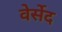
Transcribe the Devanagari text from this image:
वेर्सेद